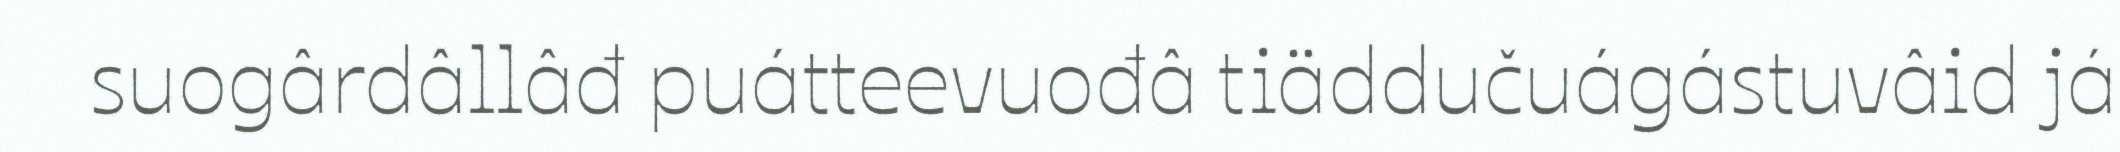
suogârdâllâđ puátteevuođâ tiäddučuágástuvâid já